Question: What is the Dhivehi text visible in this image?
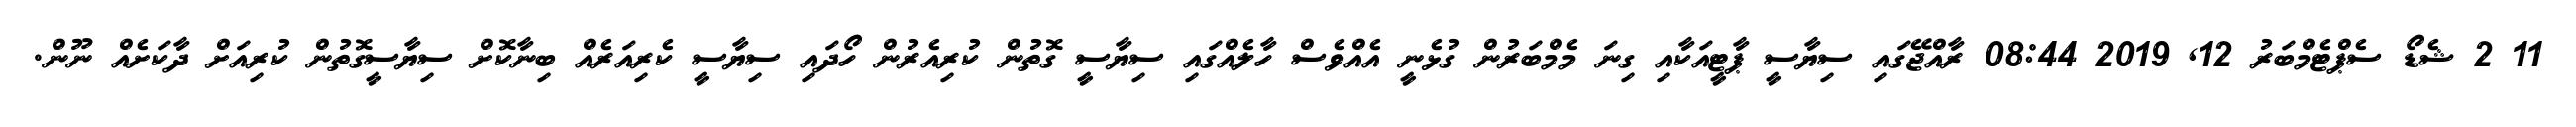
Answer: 11 2 ޝެޑޯ ސެޕްޓެމްބަރު 12, 2019 08:44 ރާއްޖޭގައި ސިޔާސީ ޕާޓީއަކާއި ގިނަ މެމްބަރުން ގުޅެނީ އެއްވެސް ހާލެއްގައި ސިޔާސީ ގޮތުން ކުރިއެރުން ހޯދައި ސިޔާސީ ކެރިއަރެއް ބިނާކޮށް ސިޔާސީގޮތުން ކުރިއަށް ދާކަށެއް ނޫން.